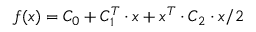
f ( x ) = C _ { 0 } + C _ { 1 } ^ { T } \cdot x + x ^ { T } \cdot C _ { 2 } \cdot x / 2